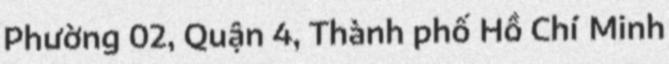
Phường 02, Quận 4, Thành phố Hồ Chí Minh